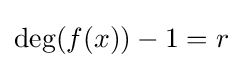
\deg(f(x))-1=r